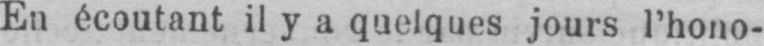
En écoutant il y a quelques jours l’hono-